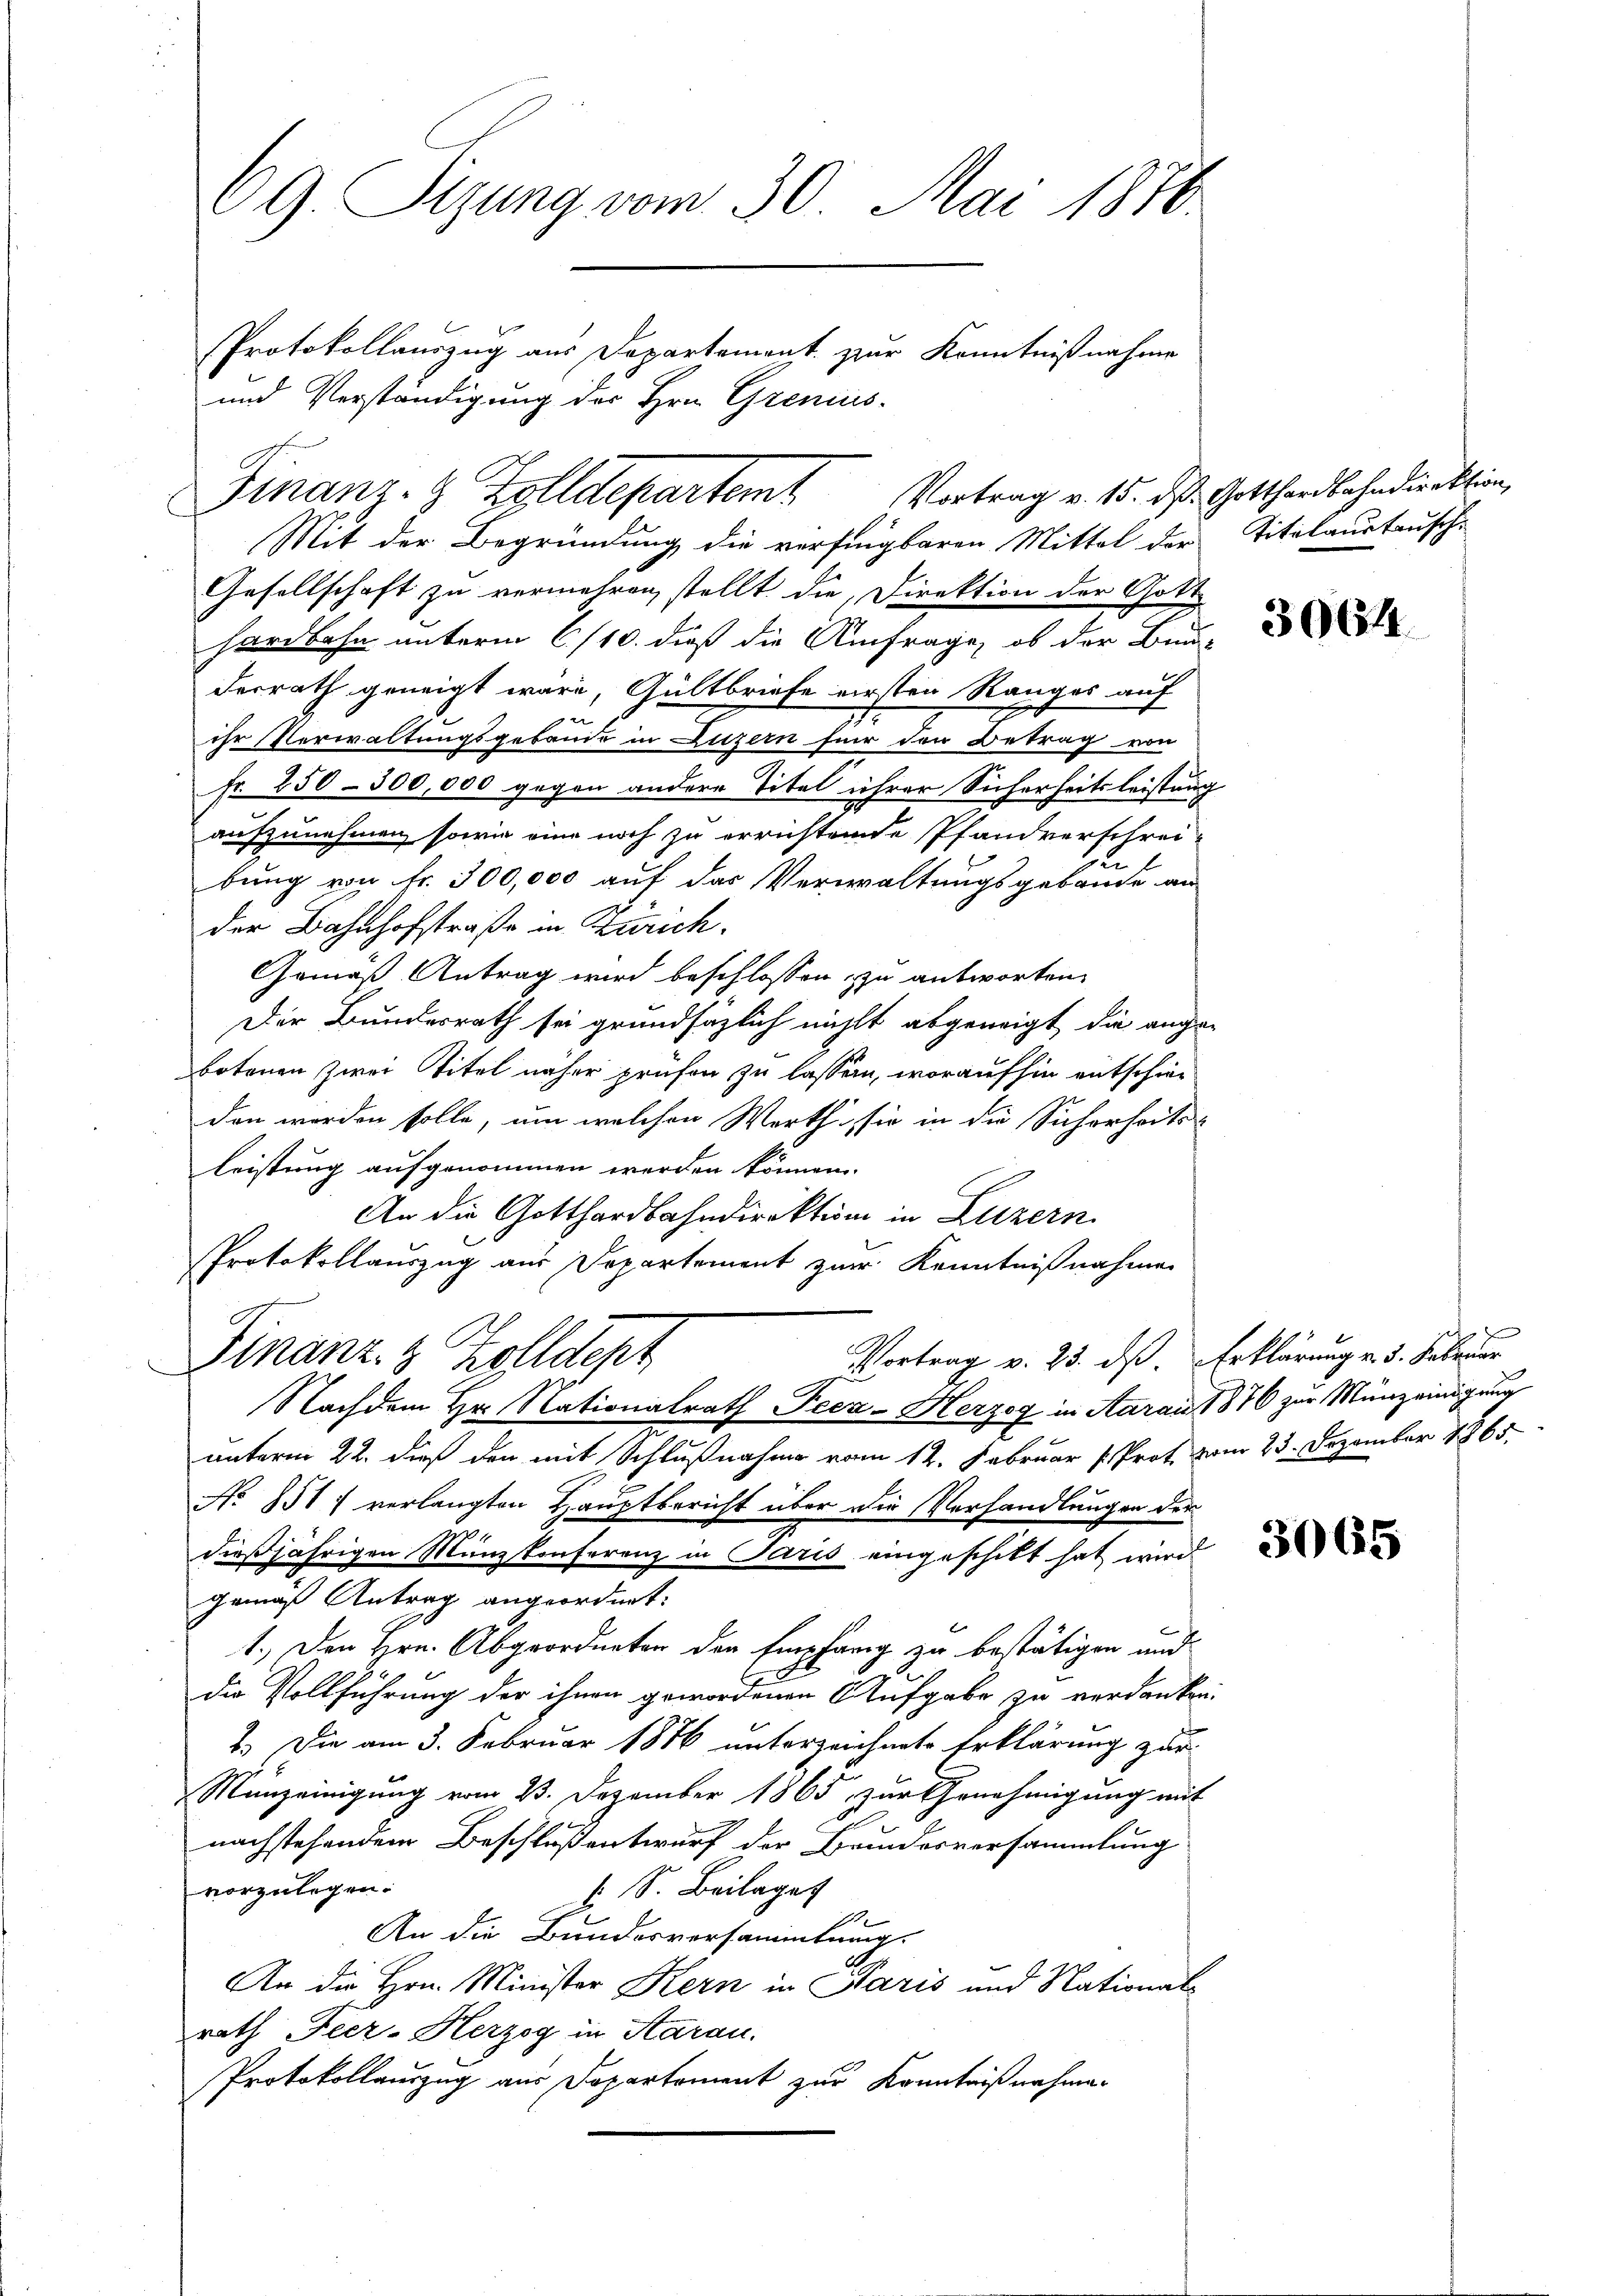
69. Sizung vom 30. Mai 1810.
Protokollauszug aus Departement zur Kenntnißnahme
und Verständigung des Hrn. Grenius

Mit der Begründung die verfingbaren Mittel der Titalaustausch-
Gesellschaft zu vermehren, stellt die Direktion der Gott-
hardbahn unterm 6/10. dieß die Anfrage, ob der Bun-
derrath geneigt wäre, Gültbriefe ersten Ranges auf
n
e
ihr Verwaltungsgebäude in Luzern für den Betrag von
fr. 250 - 300,000 gegen andere Titel ihrer Sicherheitsleistung
aufzunehmen, sowie eine noch zu errichtende Pfandverschrei-
bung von Fr. 300,000 auf das Verwaltungsgebäude an
der Bahnhofstraße in Zürich.
Gemäß Antrag wird beschlossen, zu antworten.
Der Bundesrath sei grundsätzlich nicht abgeneigt, die ange-
botenen Zwei Titel näher prüfen zu lassen, woraufhin entschieden worden solle, um welchen Werth, sie in die Sicherheits-
leistung aufgenommen werden können.
An die Gotthardbahndirektion in Luzern
Protokollauszug aus Departement zur Kenntnißnahmen
Vortrag v. 23. ds. Erklärung v. 5. Februar
Finanz- & Zolldept
Nachdem Hr. Nationalrath Pecz-Herzog in Aarais 1876 zur Münz einigung
unterm 22. dieß den mit Schlußnahme vom 12. Februar (Prot. vom 23. Dezember 1865.
No. 151 7 verlangten Hauptbericht über die Verhandlungen der
24
dießjährigen Münzkonferenz in Paris eingeschikt hat wird
gemäß Antrag angeordnet:
1.) Den Hrn. Abgeordneten der Empfang zu bestätigen und
die Vollführung der ihnen gewordenen Aufgabe zu verdanken.
2.) Die am 3. Februar 1846 unterzeichnete Erklärung zur
Münzeinigung vom 23. Dezember 1865 zur Genehmigung mit
nachstehendem Beschluß entwurf der Bundesversammlung
vorzulegen.
 S. Beilage
1
An die Bundesversammlung.
An die Hrn. Minister Kern in Paris und National-
rath Feer- Herzog in Saran.
Protokollauszug aus Sopartement zur Kenntniß nehmen

Finanz- & Zolldepartemt Vortrag v. 15. d. Gotthardbahndirektion,

3064.

J

3065